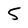
Character: 5